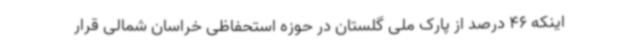
اینکه 46 درصد از پارک ملی گلستان در حوزه استحفاظی خراسان شمالی قرار